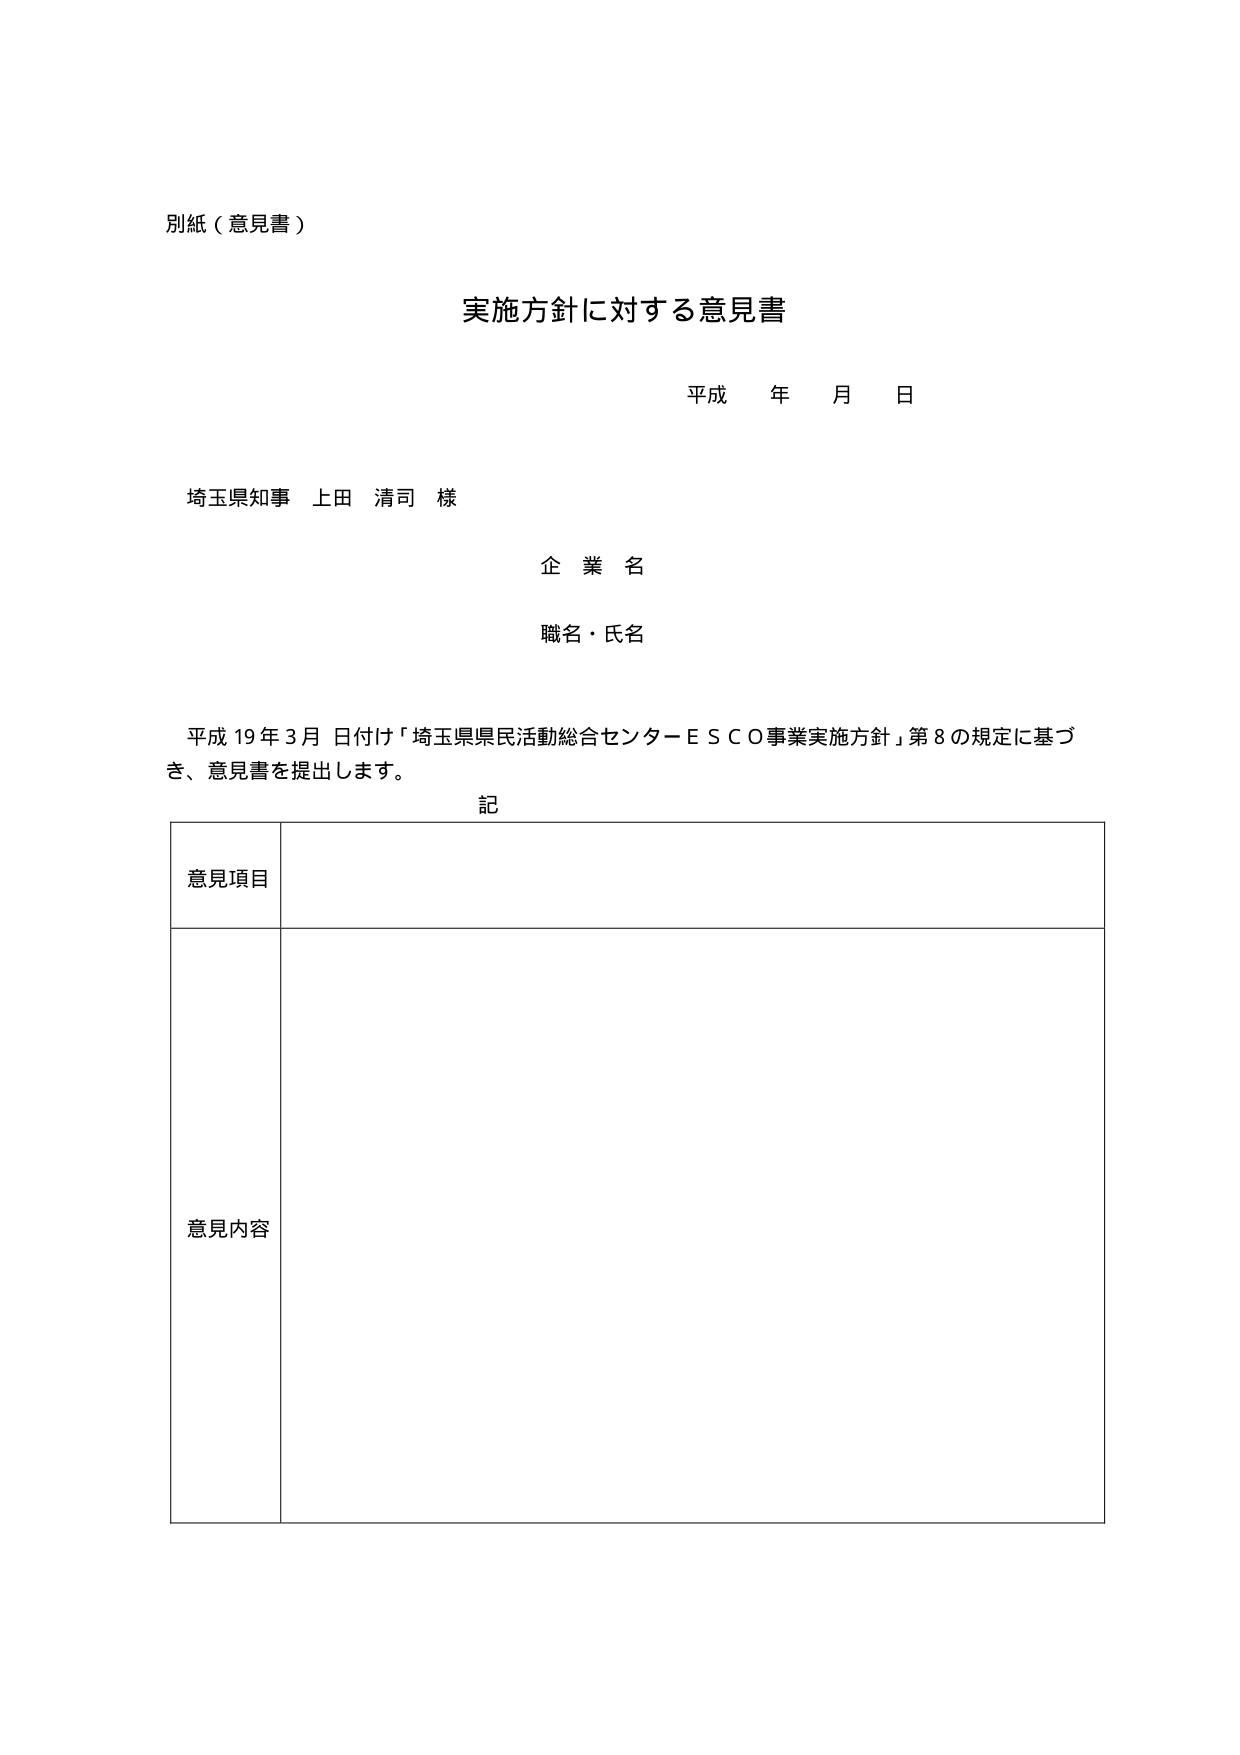
別紙（意見書）

実施方針に対する意見書

平成 年 月 日

埼玉県知事 上田 清司 様

企業名

職名・氏名

平成19年3月日付け「埼玉県県民活動総合センターＥＳＣＯ事業実施方針」第8の規定に基づき、意見書を提出します。

記

意見項目

意見内容